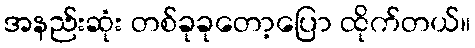
အနည်းဆုံး တစ်ခုခုတော့ပြော ထိုက်တယ်။